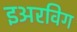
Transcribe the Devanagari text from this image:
इअरविग